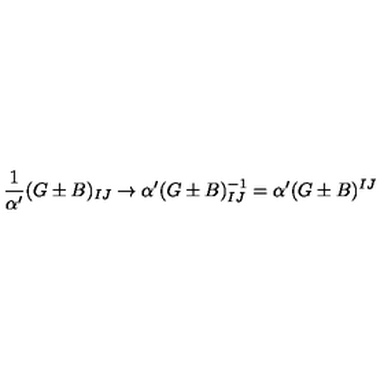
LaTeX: \frac { 1 } { \alpha ^ { \prime } } ( G \pm B ) _ { I J } \rightarrow \alpha ^ { \prime } ( G \pm B ) _ { I J } ^ { - 1 } = \alpha ^ { \prime } ( G \pm B ) ^ { I J }